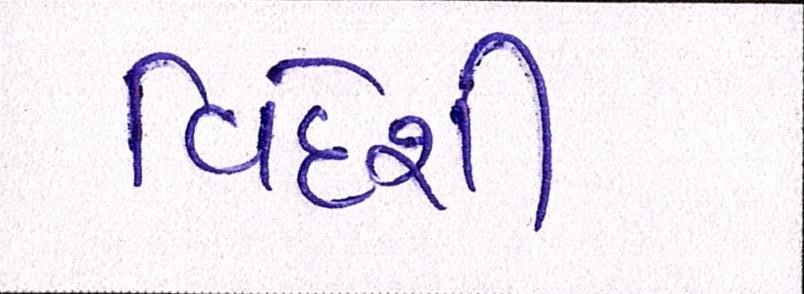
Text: વિદેશી